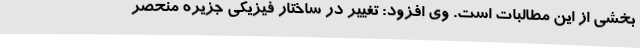
بخشی از این مطالبات است. وی افزود: تغییر در ساختار فیزیکی جزیره منحصر